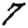
Digit: 7